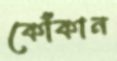
কোঁকান